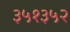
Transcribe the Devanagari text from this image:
३५१३५२